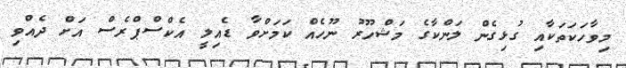
މިވާހަކަތަކާއި ގުޅިގެން ލަންކާގެ މަޝްހޫރު ނޫހެއް ކަމަށްވާ ޑެއިލީ އެކްސްޕްރެސް އަށް ދެއްވި